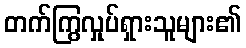
တက်ကြွလှုပ်ရှားသူများ၏